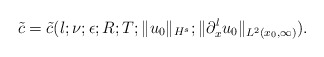
\begin{align*} \tilde{c} = \tilde{c}(l; \nu; \epsilon; R; T; \|u_0\|_{H^s}; \|\partial_x^lu_0\|_{L^2(x_0,\infty)}).\end{align*}